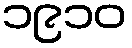
၁၉၁၀